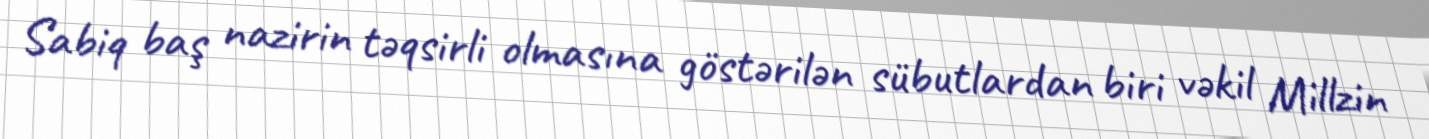
Sabiq baş nazirin təqsirli olmasına göstərilən sübutlardan biri vəkil Millzin